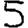
Digit: 5